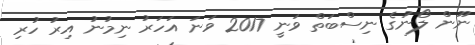
ނޫން ލޯނުގެ ނިސްބަތް ވަނީ 2017 ވަނަ އަހަރު ނިމުނު އިރު ހުރި